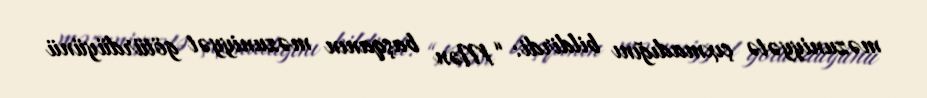
məzuniyyətə çıxmadığını bildirdi: “Mən başqanın məzuniyyət götürdüyünü